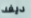
ديفد